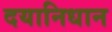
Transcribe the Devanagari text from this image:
दयानिधान